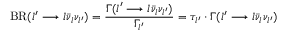
\mathrm { B R } ( l ^ { \prime } \longrightarrow l \bar { \nu } _ { l } \nu _ { l ^ { \prime } } ) = \frac { \Gamma ( l ^ { \prime } \longrightarrow l \bar { \nu } _ { l } \nu _ { l ^ { \prime } } ) } { \Gamma _ { l ^ { \prime } } } = \tau _ { l ^ { \prime } } \cdot \Gamma ( l ^ { \prime } \longrightarrow l \bar { \nu } _ { l } \nu _ { l ^ { \prime } } )